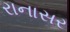
રાનાસર